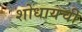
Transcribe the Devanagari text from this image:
शोधायची